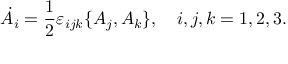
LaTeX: \dot { A } _ { i } = \frac { 1 } { 2 } \varepsilon _ { i j k } \{ A _ { j } , A _ { k } \} , \quad i , j , k = 1 , 2 , 3 .